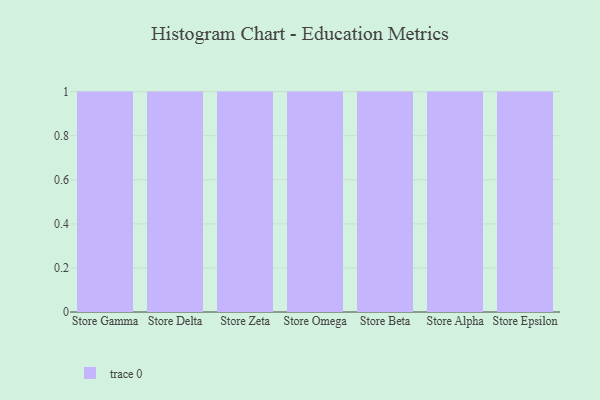
{"axis": {"x": "Store", "y": "Net Income (USD K)"}, "legend": [""], "data": [{"x": "Store Gamma", "y": 78, "type": ""}, {"x": "Store Delta", "y": 99, "type": ""}, {"x": "Store Zeta", "y": 70, "type": ""}, {"x": "Store Omega", "y": 29, "type": ""}, {"x": "Store Beta", "y": 14, "type": ""}, {"x": "Store Alpha", "y": 58, "type": ""}, {"x": "Store Epsilon", "y": 50, "type": ""}]}